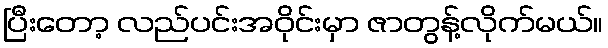
ပြီးတော့ လည်ပင်းအဝိုင်းမှာ ဇာတွန့်လိုက်မယ်။